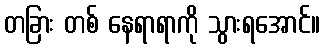
တခြား တစ် နေရာရာကို သွားရအောင်။